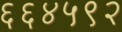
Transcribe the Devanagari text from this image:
६६४५९२